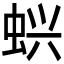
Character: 𬠇